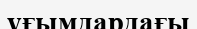
ұғымдардағы